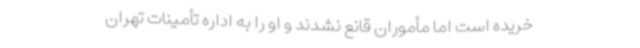
خریده‌ است اما مأموران قانع نشدند و او را به اداره تأمینات تهران